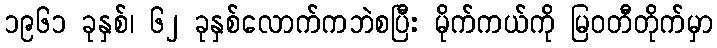
၁၉၆၁ ခုနှစ်၊ ၆၂ ခုနှစ်လောက်ကဘဲစပြီး မိုက်ကယ်ကို မြဝတီတိုက်မှာ